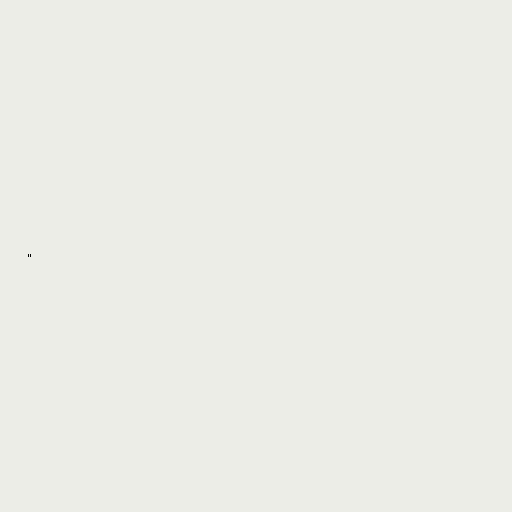
"